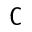
\complement